Civil Veterinary Dept. Assam report 1911-1927 - 1911-1927
Year: 1911
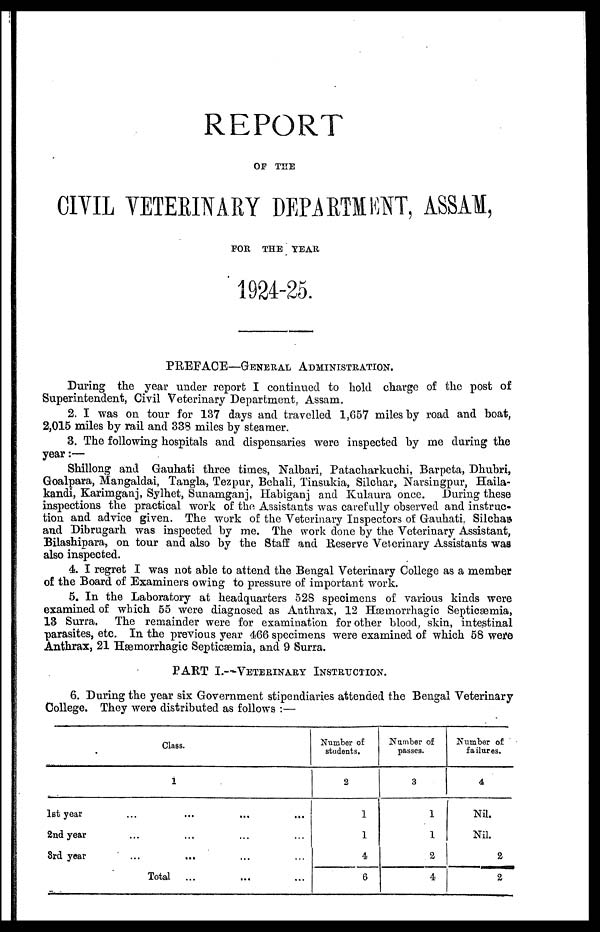
REPORT
OF THE
CIVIL VETERINARY DEPARTMENT, ASSAM,
FOR THE YEAR
1924-25.
PREFACE—GENERAL ADMINISTRATION.
During the year under report I continued to hold charge of the post of
Superintendent, Civil Veterinary Department, Assam.
2. I was on tour for 137 days and travelled 1,657 miles by road and boat,
2,015 miles by rail and 338 miles by steamer.
3. The following hospitals and dispensaries were inspected by me during the
year:—
Shillong and Gauhati three times, Nalbari, Patacharkuchi, Barpeta, Dhubri,
Goalpara, Mangaldai, Tangla, Tezpur, Behali, Tinsukia, Silchar, Narsingpur, Haila-
kandi, Karimganj, Sylhet, Sunamganj, Habiganj and Kulaura once. During these
inspections the practical work of the Assistants was carefully observed and instruc-
tion and advice given. The work of the Veterinary Inspectors of Gauhati, Silchar
and Dibrugarh was inspected by me. The work done by the Veterinary Assistant,
Bilashipara, on tour and also by the Staff and Reserve Veterinary Assistants was
also inspected.
4. I regret I was not able to attend the Bengal Veterinary College as a member
of the Board of Examiners owing to pressure of important work.
5. In the Laboratory at headquarters 528 specimens of various kinds were
examined of which 55 were diagnosed as Anthrax, 12 Hæmorrhagic Septicæmia,
13 Surra. The remainder were for examination for other blood, skin, intestinal
parasites, etc. In the previous year 466 specimens were examined of which 58 were
Anthrax, 21 Hæmorrhagie Septicæmia, and 9 Surra.
PART I.—VETERINARY INSTRUCTION.
6. During the year six Government stipendiaries attended the Bengal Veterinary
College. They were distributed as follows :—
Class.
1
1st year
2nd year
3rd year
...
...
...
Total
...
...
...
...
...
...
...
...
...
...
...
...
Number of
students.
2
1
1
4
6
Number of
passes.
3
1
1
2
4
Number of
failures.
4
Nil.
Nil.
2
2